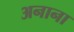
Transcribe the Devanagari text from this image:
अनाना